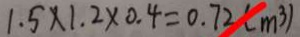
1 . 5 \times 1 . 2 \times 0 . 4 = 0 . 7 2 ( m ^ { 3 } )